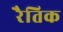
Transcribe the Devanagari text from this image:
रैतिक